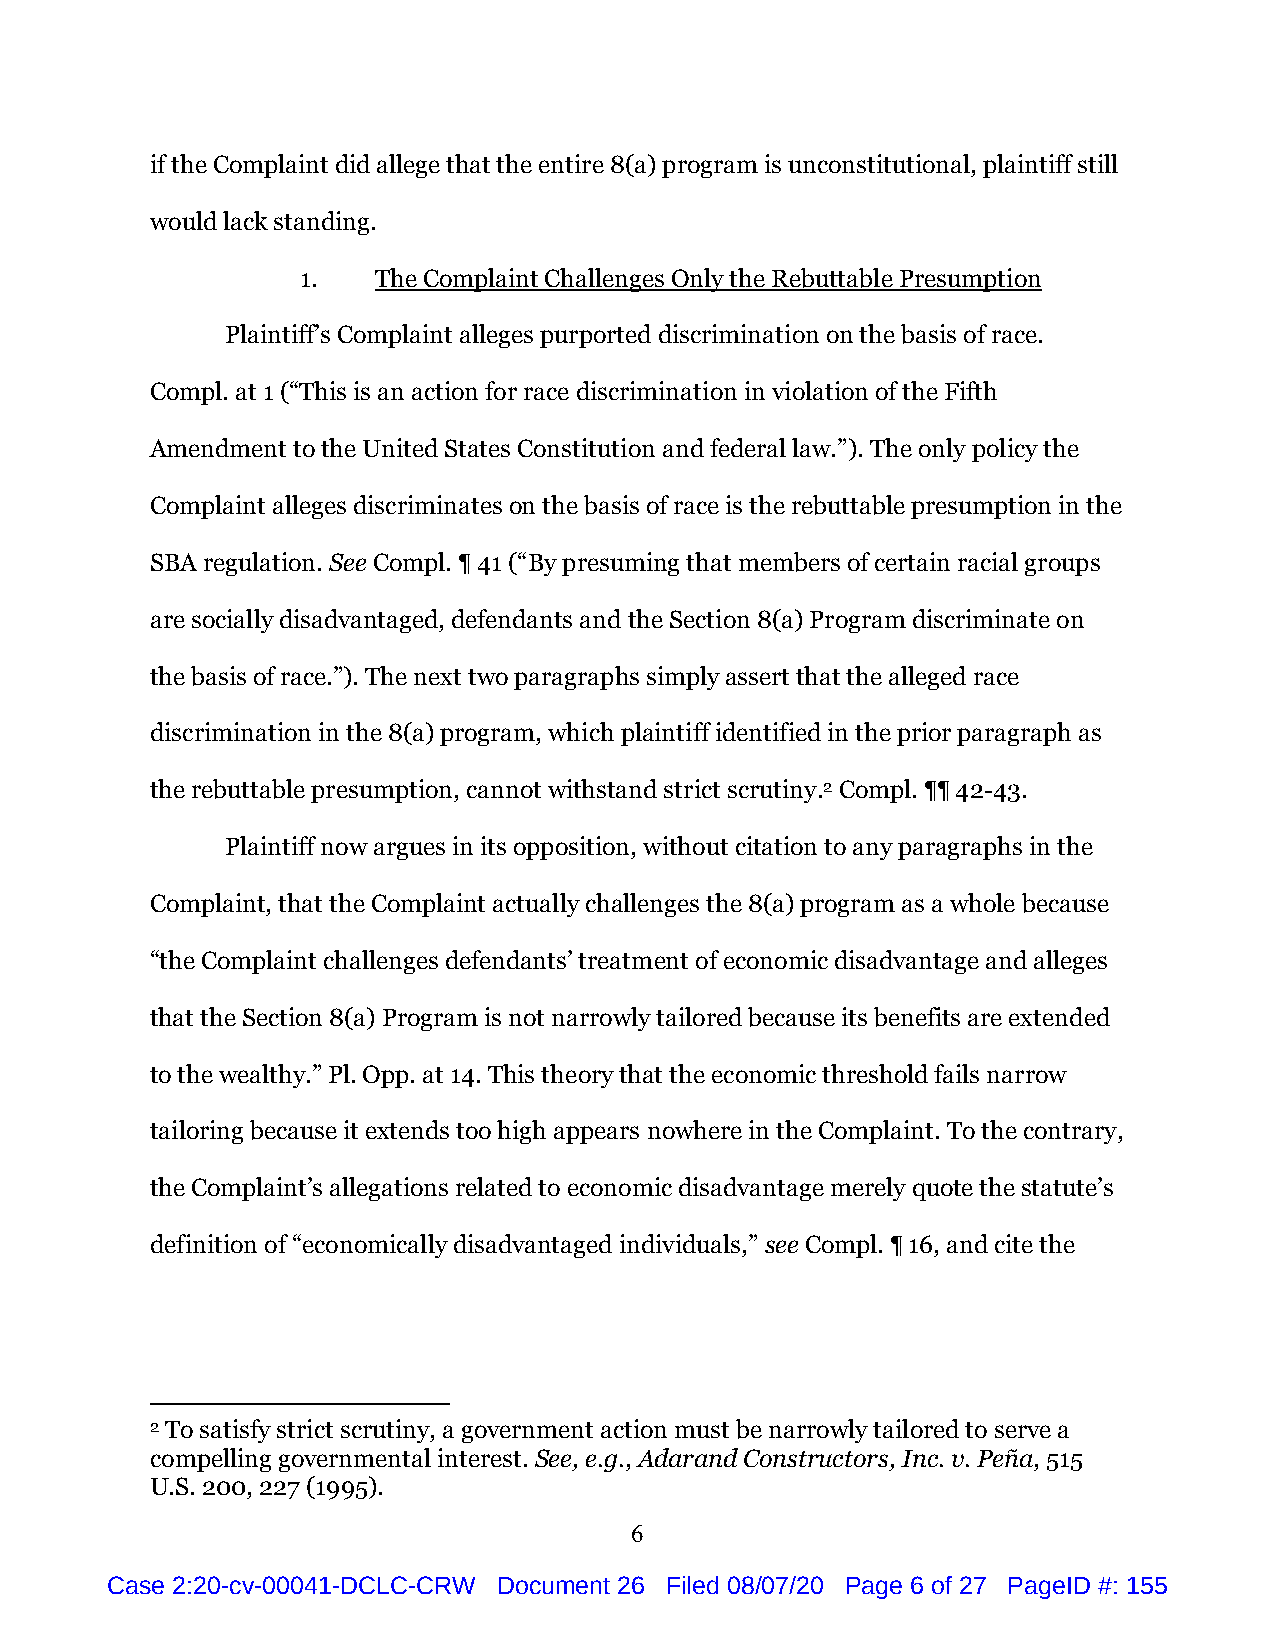
if the Complaint did allege that the entire 8(a) program is unconstitutional, plaintiff still
 would lack standing.
 1.   The Complaint Challenges Only the Rebuttable Presumption
 Plaintiff’s Complaint alleges purported discrimination on the basis of race.
 Compl. at 1 (“This is an action for race discrimination in violation of the Fifth
 Amendment to the United States Constitution and federal law.”). The only policy the
 Complaint alleges discriminates on the basis of race is the rebuttable presumption in the
 SBA regulation. See Compl. ¶ 41 (“By presuming that members of certain racial groups
 are socially disadvantaged, defendants and the Section 8(a) Program discriminate on
 the basis of race.”). The next two paragraphs simply assert that the alleged race
 discrimination in the 8(a) program, which plaintiff identified in the prior paragraph as
 the rebuttable presumption, cannot withstand strict scrutiny.2 Compl. ¶¶ 42-43.
 Plaintiff now argues in its opposition, without citation to any paragraphs in the
 Complaint, that the Complaint actually challenges the 8(a) program as a whole because
 “the Complaint challenges defendants’ treatment of economic disadvantage and alleges
 that the Section 8(a) Program is not narrowly tailored because its benefits are extended
 to the wealthy.” Pl. Opp. at 14. This theory that the economic threshold fails narrow
 tailoring because it extends too high appears nowhere in the Complaint. To the contrary,
 the Complaint’s allegations related to economic disadvantage merely quote the statute’s
 definition of “economically disadvantaged individuals,” see Compl. ¶ 16, and cite the
 2 To satisfy strict scrutiny, a government action must be narrowly tailored to serve a
 compelling governmental interest. See, e.g., Adarand Constructors, Inc. v. Peña, 515
 U.S. 200, 227 (1995).
 6
 Case 2:20-cv-00041-DCLC-CRW Document 26 Filed 08/07/20 Page 6 of 27 PageID #: 155